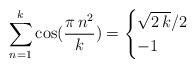
LaTeX: \begin{align*}{\displaystyle \sum _{n=1}^{k}} \,\mathrm{cos}({\displaystyle \frac {\pi \,n^{2}}{k}} )= \begin{cases} \sqrt{2\,k}/2 & \\ -1 & \end{cases}\end{align*}